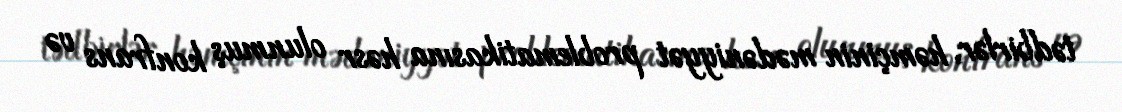
tədbirlər, həmçinin mədəniyyət problematikasına həsr olunmuş konfrans və